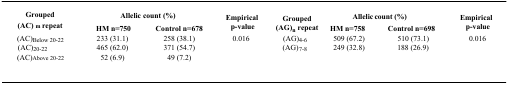
<table><thead><tr><td rowspan="2"><b>Grouped (AC)<sub>m</sub> repeat</b></td><td colspan="2"><b>Allelic count (%)</b></td><td rowspan="2"><b>Empirical p-value</b></td><td rowspan="2"><b>Grouped (AG)<sub>n</sub> repeat</b></td><td colspan="2"><b>Allelic count (%)</b></td><td rowspan="2"><b>Empirical p-value</b></td></tr><tr><td><b>HM n=750</b></td><td><b>Control n=678</b></td><td><b>HM n=758</b></td><td><b>Control n=698</b></td></tr></thead><tbody><tr><td>(AC)<sub>Below 20-22</sub></td><td>233 (31.1)</td><td>258 (38.1)</td><td rowspan="3">0.016</td><td>(AG)<sub>4-6</sub></td><td>509 (67.2)</td><td>510 (73.1)</td><td rowspan="3">0.016</td></tr><tr><td>(AC)<sub>20-22</sub></td><td>465 (62.0)</td><td>371 (54.7)</td><td>(AG)<sub>7-8</sub></td><td>249 (32.8)</td><td>188 (26.9)</td></tr><tr><td>(AC)<sub>Above 20-22</sub></td><td>52 (6.9)</td><td>49 (7.2)</td><td></td><td></td><td></td></tr></tbody></table>